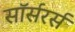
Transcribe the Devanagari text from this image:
सॉर्सरर्स